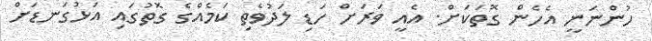
ހުންނަނީ އެހެން ގޮތަކަށް. އެއީ ވަރަށް ހަޑި ލަދުވެތި ކަމެއްްގެ ގޮތުގައި އަޅުގަނޑަށް